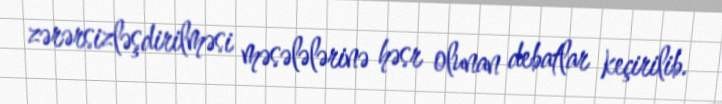
zərərsizləşdirilməsi məsələlərinə həsr olunan debatlar keçirilib.